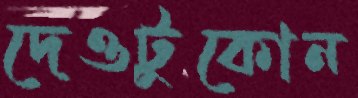
দেওটুকোন